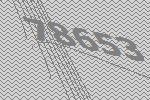
78653